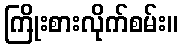
ကြိုးစားလိုက်စမ်း။